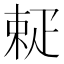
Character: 𤴚